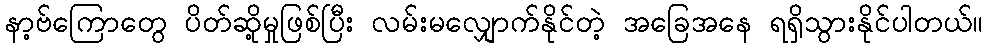
နာ့ဗ်ကြောတွေ ပိတ်ဆို့မှုဖြစ်ပြီး လမ်းမလျှောက်နိုင်တဲ့ အခြေအနေ ရရှိသွားနိုင်ပါတယ်။